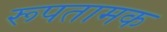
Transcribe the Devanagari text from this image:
रूपतामक